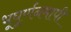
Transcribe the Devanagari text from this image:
भूघूर्णनमापी